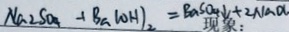
N a _ { 2 } S O _ { 4 } + B a ( O H ) _ { 2 } = B a S O _ { 4 } \downarrow + 2 N a O